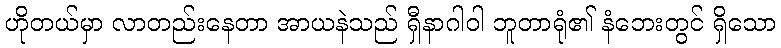
ဟိုတယ်မှာ လာတည်းနေတာ အာယနဲသည် ရှီနာဂါဝါ ဘူတာရုံ၏ နံဘေးတွင် ရှိသော